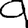
Digit: 9